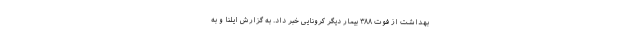
بهداشت از فوت ۳۸۸ بیمار دیگر کرونایی خبر داد. به گزارش ایلنا و به